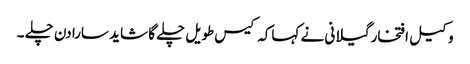
وکیل افتخار گیلانی نے کہاکہ کیس طویل چلے گا شاید سارا دن چلے ۔